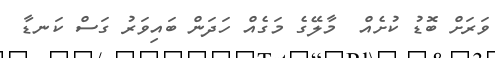
ވަރަށް ބޮޑު ކުށެއް  މާލޭގެ މަގެއް ހަދަން ބައިވަރު ގަސް ކަނޑާ